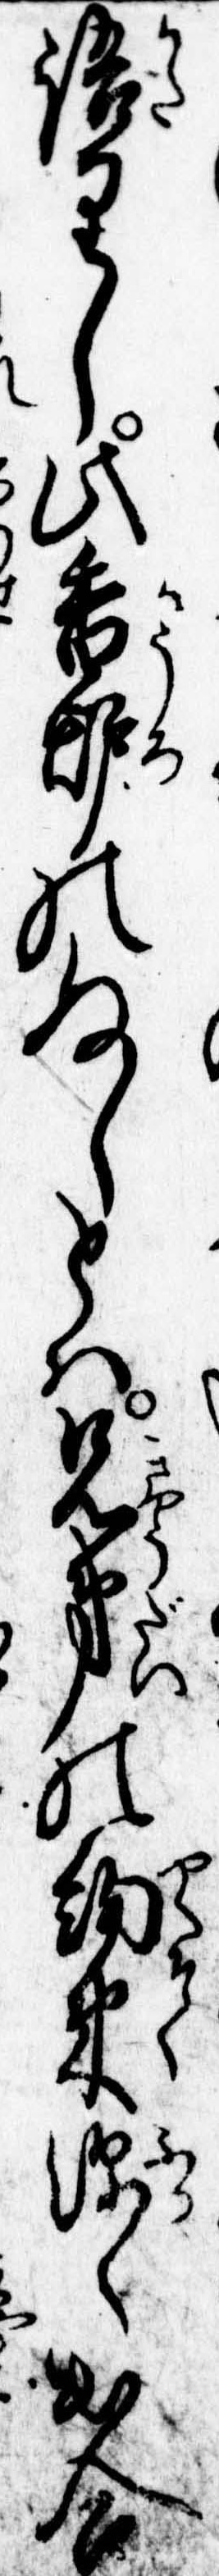
語りし此香炉のぬしとは兄弟の約束深く出合